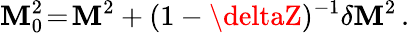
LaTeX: \mathbf{M}_{0}^{2}\! =\! \mathbf{M}^{2}+(1-\deltaZ)^{-1}\delta\mathbf{M}^{2}\, .